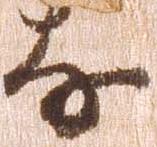
な